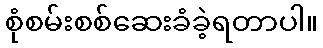
စုံစမ်းစစ်ဆေးခံခဲ့ရတာပါ။